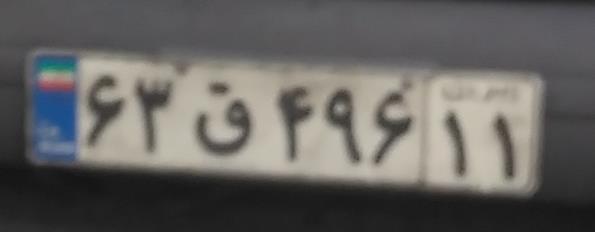
۶۳ق۴۹۶۱۱